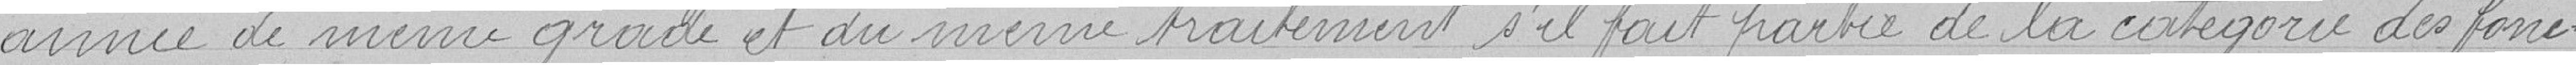
année de même rade et du même traitement s'il fait partie de la catégorie des fonc-